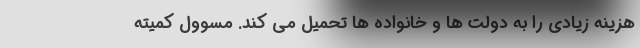
هزینه زیادی را به دولت ها و خانواده ها تحمیل می کند. مسوول کمیته